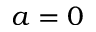
a = 0